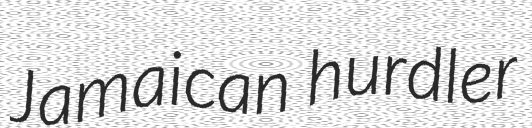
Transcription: Jamaican hurdler